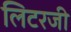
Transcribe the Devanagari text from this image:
लिटरजी